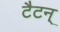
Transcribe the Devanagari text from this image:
टैटन्